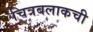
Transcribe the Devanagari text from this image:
चित्रबलाकची